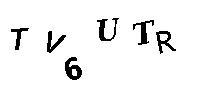
TV6UTR